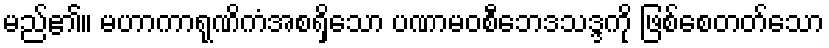
မည်၏။ မဟာကာရုဏိကံအစရှိသော ပဏာမဝစီဘေဒသဒ္ဒကို ဖြစ်စေတတ်သော